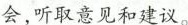
会，听取意见和建议。